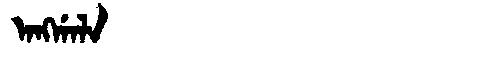
Manchu: ᠠᠩᡤᠠᠯᠠ
Romanization: ANGGALA